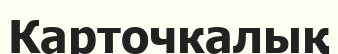
Карточкалық